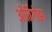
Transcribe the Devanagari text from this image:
ओर्तिगोझा